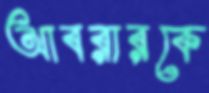
আবরারকে